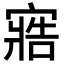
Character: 𭔏